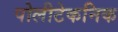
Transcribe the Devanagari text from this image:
पोलीटेकनिक